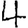
Digit: 4